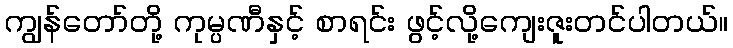
ကျွန်တော်တို့ ကုမ္ပဏီနှင့် စာရင်း ဖွင့်လို့ကျေးဇူးတင်ပါတယ်။